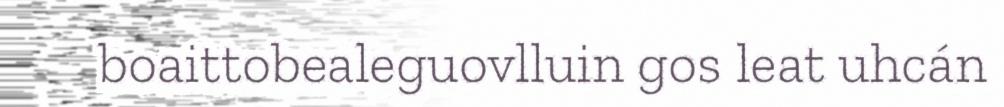
boaittobealeguovlluin gos leat uhcán